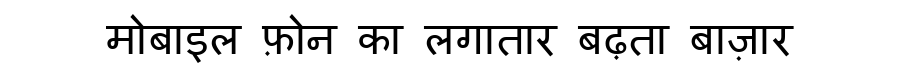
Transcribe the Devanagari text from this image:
मोबाइल फ़ोन का लगातार बढ़ता बाज़ार